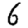
Digit: 6